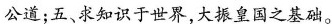
公道；五、求知识于世界，大振皇国之基础。